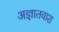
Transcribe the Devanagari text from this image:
अज्ञातवाश